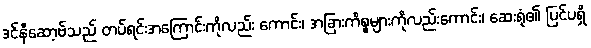
ဒင်နီဆော့ဗ်သည် တပ်ရင်းအကြောင်းကိုလည်း ကောင်း၊ အခြားကိစ္စများကိုလည်းကောင်း၊ ဆေးရုံ၏ ပြင်ပရှိ